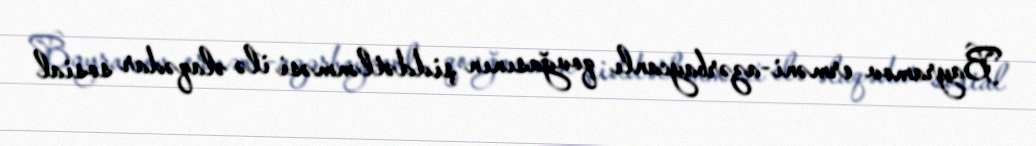
Bayramov erməni-azərbaycanlı qovğasının şiddətlənməsi ilə əlaqədar sosial